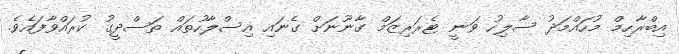
އިބްރާހިމް މުހައްމަދު ސާލިހު ވަނީ ޓެރަރިޒަމް ގާނޫނަށް ގެނައި އިސްލާހުތައް ތަސްދީގު ކުރައްވާފައެވެ.